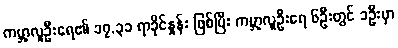
ကမ္ဘာ့လူဦးရေ၏ ၁၇.၃၁ ရာခိုင်နှုန်း ဖြစ်ပြီး ကမ္ဘာ့လူဦးရေ ၆ဦးတွင် ၁ဦးမှာ